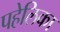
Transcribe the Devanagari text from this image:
पहेलिका